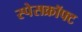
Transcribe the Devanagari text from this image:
स्पेसक्रॉफ्ट